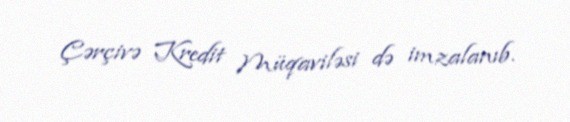
Çərçivə Kredit Müqaviləsi də imzalanıb.